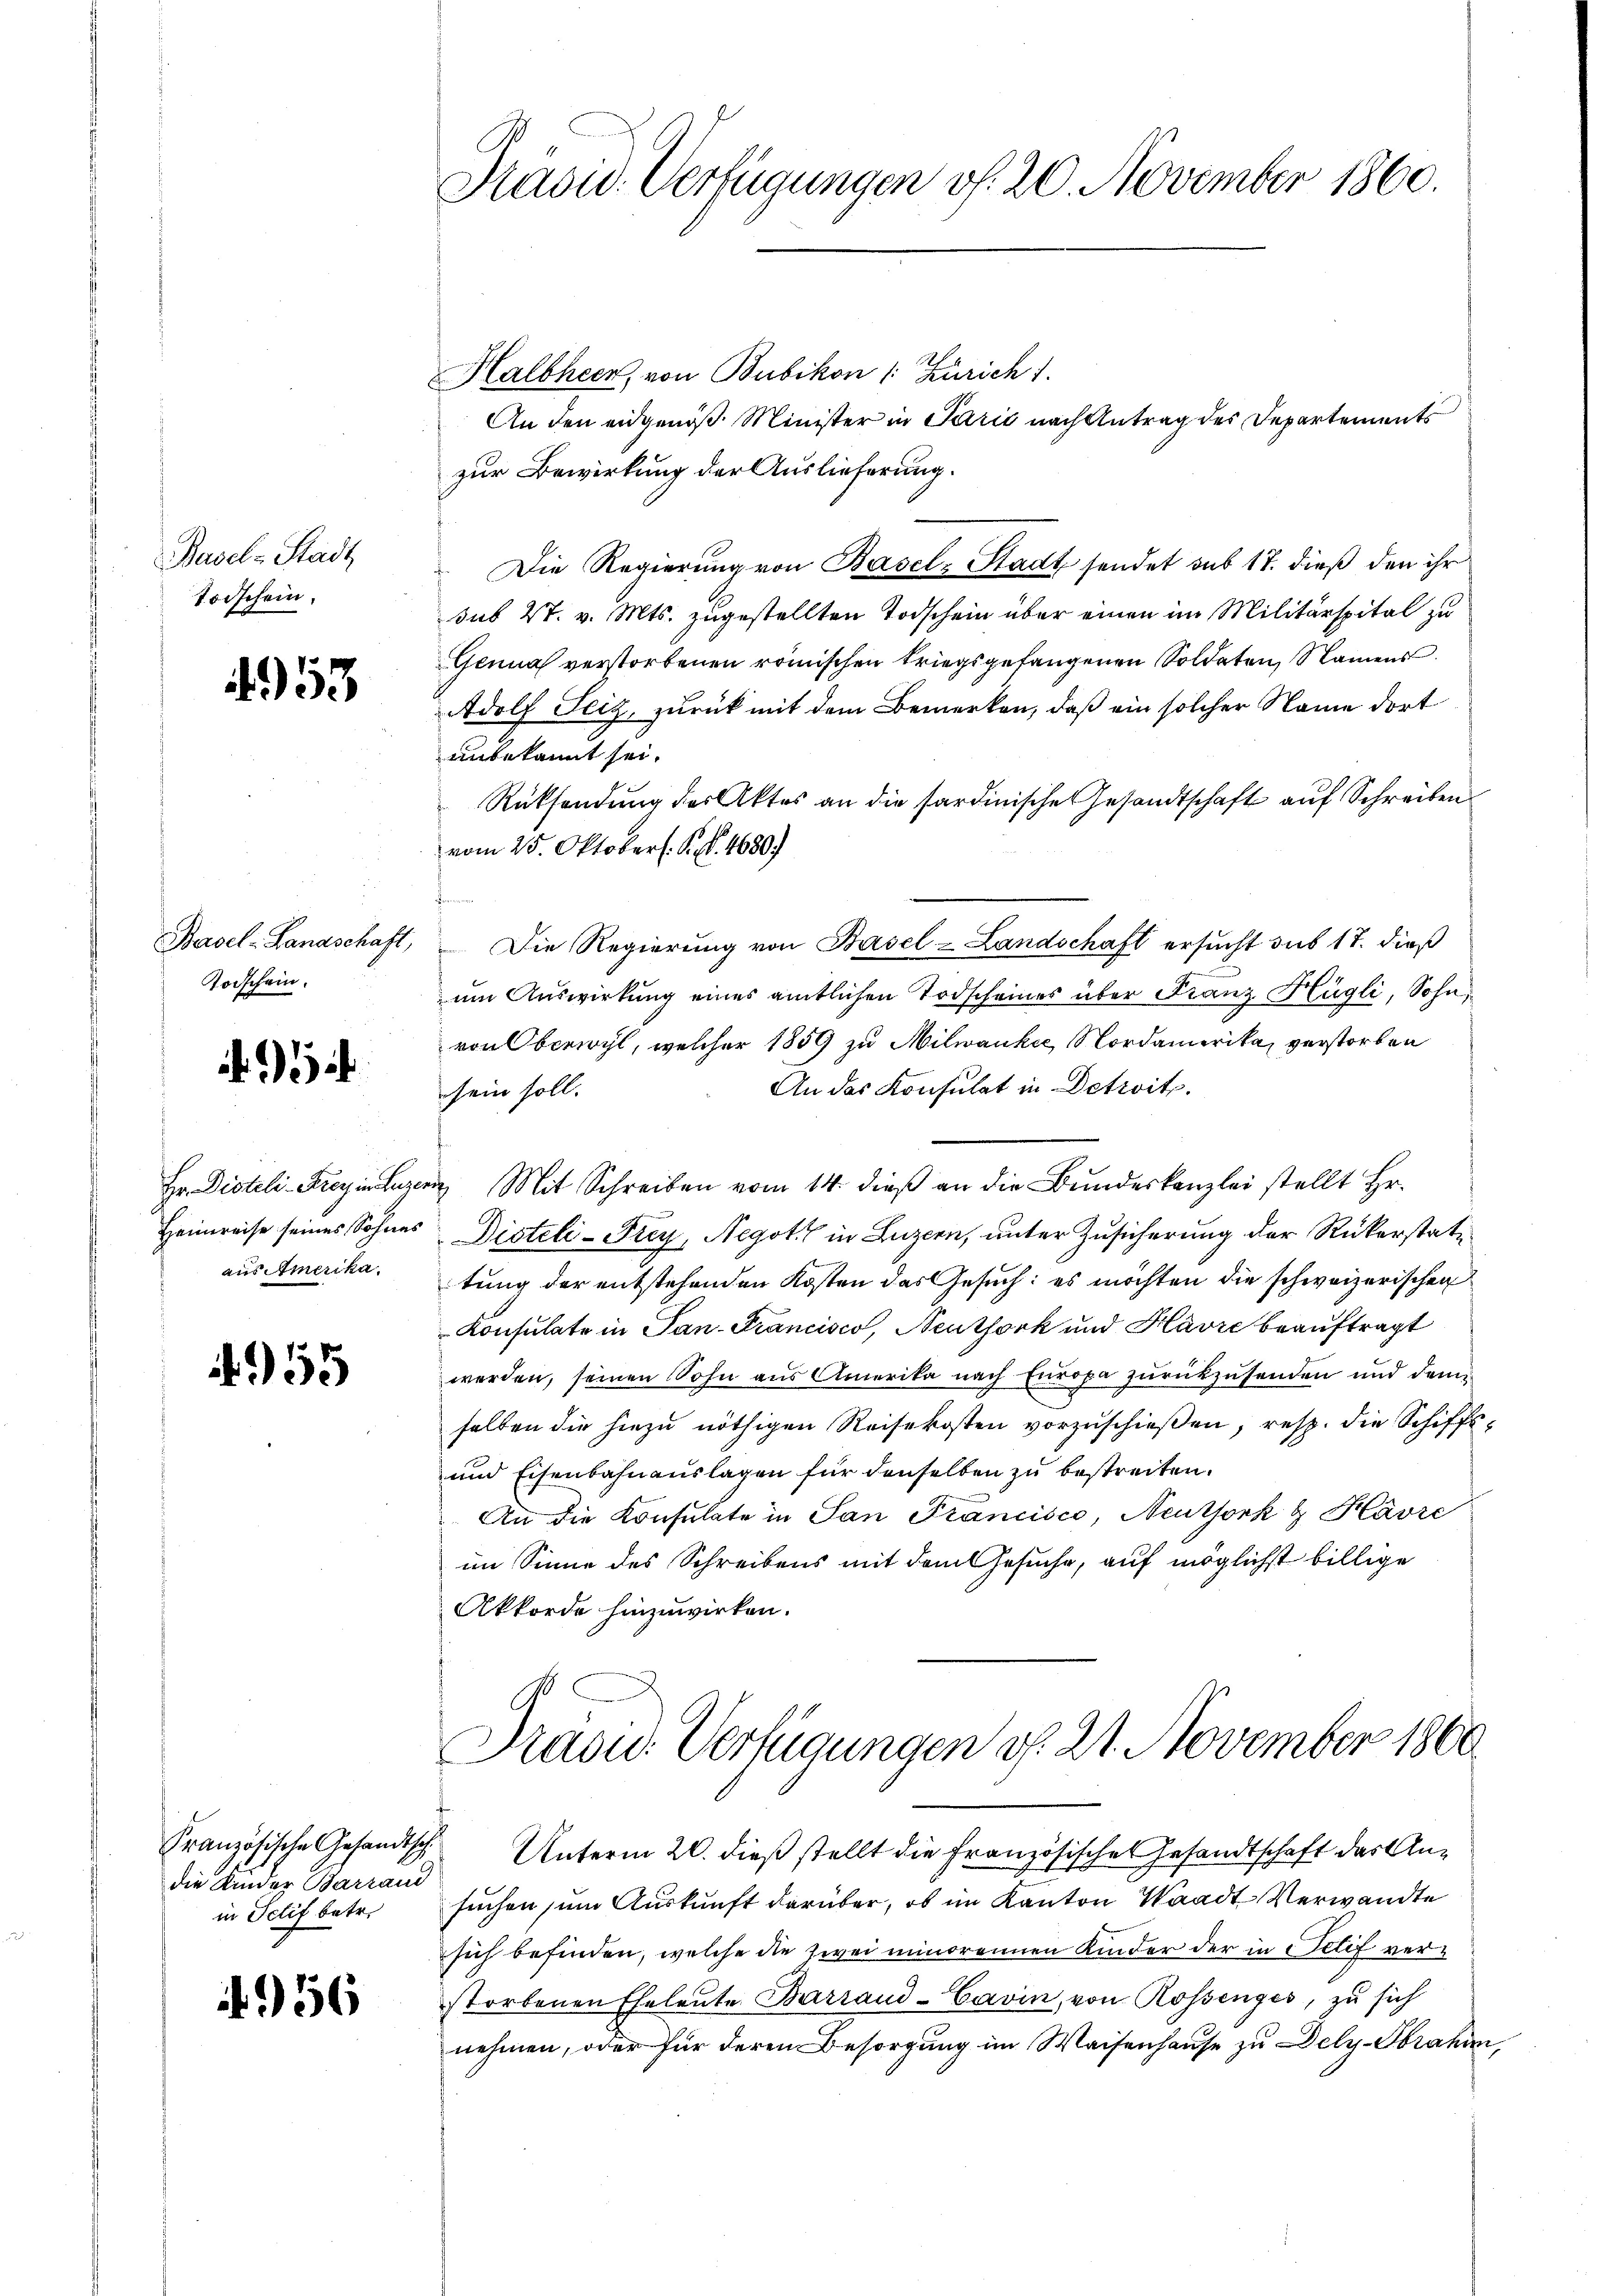
Basel-Stadt
Todschein.

953

Toischein.

aus Amerika.

55

die Kinder Barrand
in Schif betr.

956

Präsid. Verfügungen f. 20. November 1860.

Halbheer, von Bubikon (: Zürich 1.
An den eidgenöß Minister in Paris nach Antrag des Departements
zur Bewirkung der Auslieferung.
Die Regierung von Basel-Stadt sendet aus 17. dieß den ihr
sub 27. v. Mts. zugestellten Todschein über einen im Militärspital zu
Genua verstorbenen römischen kriegsgefangenen Soldaten, Namens
Adolf Seiz, zurück mit dem Bemerken, daß ein solcher Name dort
unbekannt sei.
Rücksendung des Aktes an die sardinische Gesandtschaft auf Schreiben
vom 25. Oktober. S. 4680)
Basel-Landschaft,  Die Regierung von Basel-Landschaft ersucht sub 17. dieß
um Auswirkung eines amtlichen Todscheines über Franz Hügli, Sohn,
von Oberwyl, welcher 1859 zu Milwankee Nordamerika, verstorben
An das Konsulat in Detroits.
sein soll.
Hr. Disteli Frey in Luzern Mit Schreiben vom 14. dieβ an die Bŭndeskanzlei stellt Hr.
Heimreise seines Sohnes Disteli - Frey, Negot in Luzern, unter Zusicherung der Rükerstattung der entstehenden Kosten das Gesuch: es möchten die schweizerischen
Konsulate in Pan-Francisco, Neuthork und Havre beauftragt
werden, seinen Sohn aus Amerika nach Europa zurückzusenden und dam
selben die hiezu nöthigen Reisekosten vorzuschießen, resp. die Schiffs¬
und Eisenbahnauslagen für denselben zu bestreiten.
An die Konsulate in San Francisco, Neuthork & Havre
im Sinne des Schreibens mit dem Gesuche, auf möglichst billige
Akkorde hinzuwirken.

Traond. Verfügungen d. 21. November 1860

Französische Gesandtsche Unterm 20. dieß stellt die Französische Gesandtschaft der Ansuchen zum Auskunft darüber, ob im Kanton Waadt Verwandte
sich befinden, welche die zwei minorennen Kinder der in Selif verstorbenen Eheleute Barrand-Cavin, von Rossenges, zu sich
nehmen, oder für deren Besorgung im Waisenhause zu Dely-Sbrahan